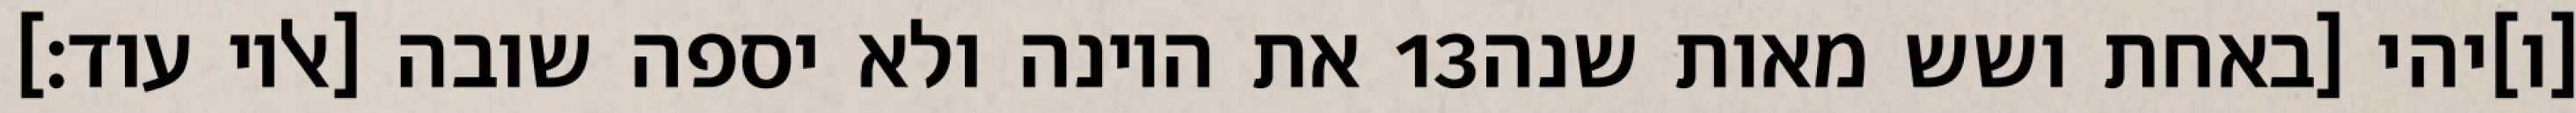
את היונה ולא יספה שובה [אליו עוד׃] ‎13‏ [ו]יהי [באחת ושש מאות שנה